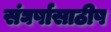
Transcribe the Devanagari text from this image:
संघर्षासाठीष